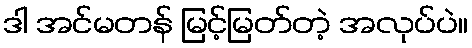
ဒါ အင်မတန် မြင့်မြတ်တဲ့ အလုပ်ပဲ။